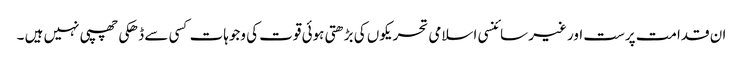
ان قدامت پرست اور غیر سائنسی اسلامی تحریکوں کی بڑھتی ہوئی قوت کی وجوہات کسی سے ڈھکی چھپی نہیں ہیں ۔